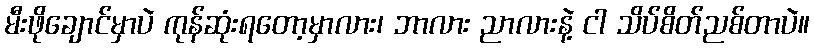
မီးဖိုချောင်မှာပဲ ကုန်ဆုံးရတော့မှာလား၊ ဘာလား ညာလားနဲ့ ငါ သိပ်စိတ်ညစ်တာပဲ။